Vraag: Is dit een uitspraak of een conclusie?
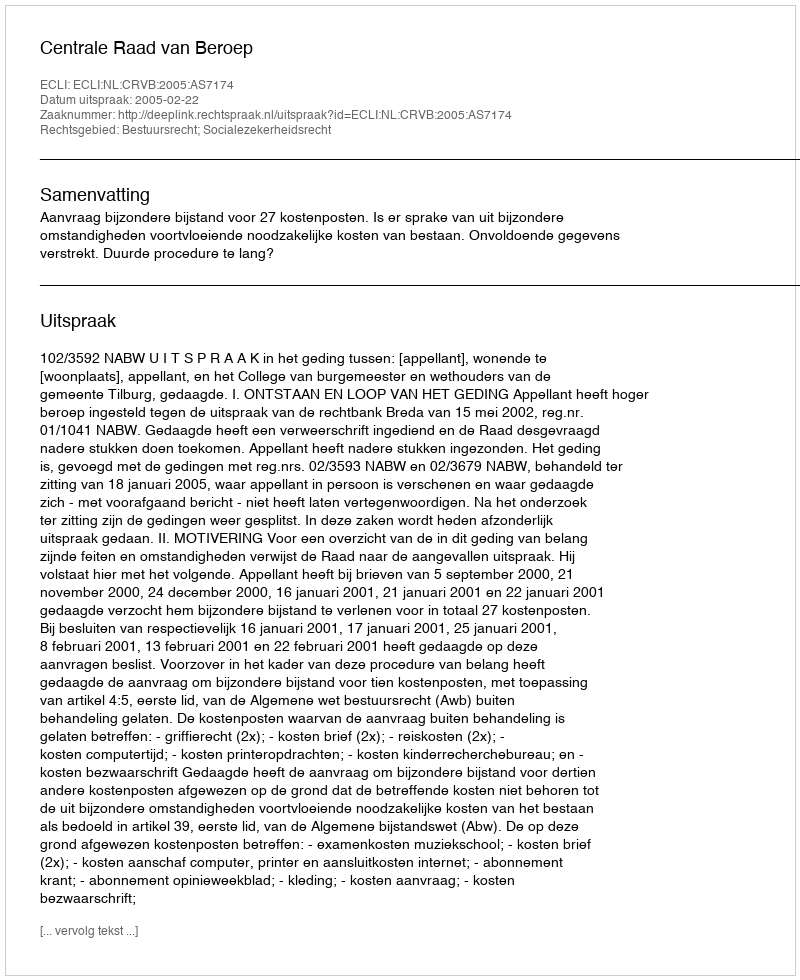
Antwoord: Uitspraak